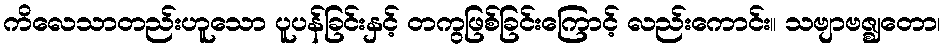
ကိလေသာတည်းဟူသော ပူပန်ခြင်းနှင့် တကွဖြစ်ခြင်းကြောင့် လည်းကောင်း။ သဗျာဗဇ္ဈတော၊